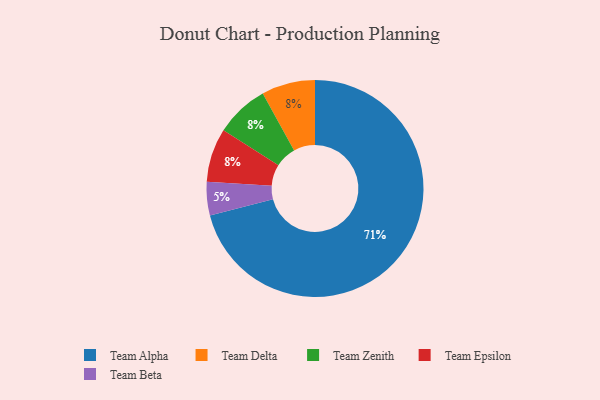
{"axis": {"x": "Category", "y": "Percentage"}, "legend": ["Team Alpha", "Team Beta", "Team Delta", "Team Epsilon", "Team Zenith"], "data": [{"x": "Team Delta", "y": 8, "type": "Team Delta"}, {"x": "Team Alpha", "y": 71, "type": "Team Alpha"}, {"x": "Team Zenith", "y": 8, "type": "Team Zenith"}, {"x": "Team Beta", "y": 5, "type": "Team Beta"}, {"x": "Team Epsilon", "y": 8, "type": "Team Epsilon"}]}